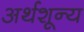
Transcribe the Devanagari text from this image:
अर्थशून्य